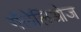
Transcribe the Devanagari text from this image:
गॅलेलिओज